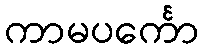
ကာမပင်္ကော